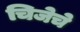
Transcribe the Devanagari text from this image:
चिजेचे